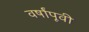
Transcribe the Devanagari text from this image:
वर्षांपूवी